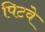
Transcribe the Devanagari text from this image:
पिटवे